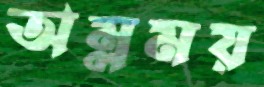
অম্লময়